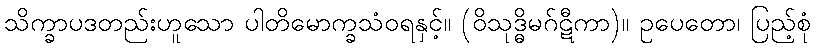
သိက္ခာပဒတည်းဟူသော ပါတိမောက္ခသံဝရနှင့်။ (ဝိသုဒ္ဓိမဂ်ဋီကာ)။ ဥပေတော၊ ပြည့်စုံ